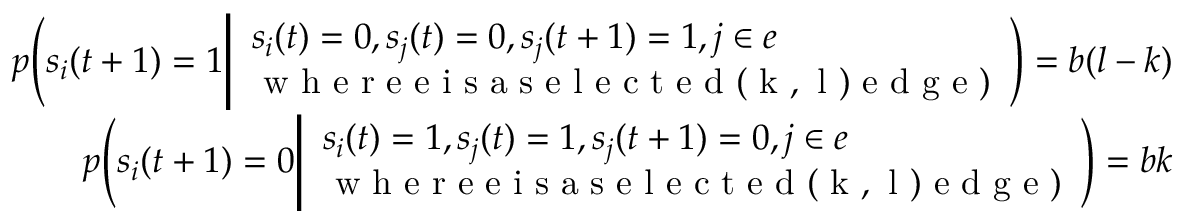
\begin{array} { r } { p \Bigg ( s _ { i } ( t + 1 ) = 1 \Bigg | \begin{array} { l } { s _ { i } ( t ) = 0 , s _ { j } ( t ) = 0 , s _ { j } ( t + 1 ) = 1 , j \in e } \\ { \mathrm { ~ w ~ h ~ e ~ r ~ e ~ e ~ i ~ s ~ a ~ s ~ e ~ l ~ e ~ c ~ t ~ e ~ d ~ ( ~ k ~ , ~ l ~ ) ~ e ~ d ~ g ~ e ~ } ) } \end{array} \Bigg ) = b ( l - k ) } \\ { p \Bigg ( s _ { i } ( t + 1 ) = 0 \Bigg | \begin{array} { l } { s _ { i } ( t ) = 1 , s _ { j } ( t ) = 1 , s _ { j } ( t + 1 ) = 0 , j \in e } \\ { \mathrm { ~ w ~ h ~ e ~ r ~ e ~ e ~ i ~ s ~ a ~ s ~ e ~ l ~ e ~ c ~ t ~ e ~ d ~ ( ~ k ~ , ~ l ~ ) ~ e ~ d ~ g ~ e ~ } ) } \end{array} \Bigg ) = b k } \end{array}